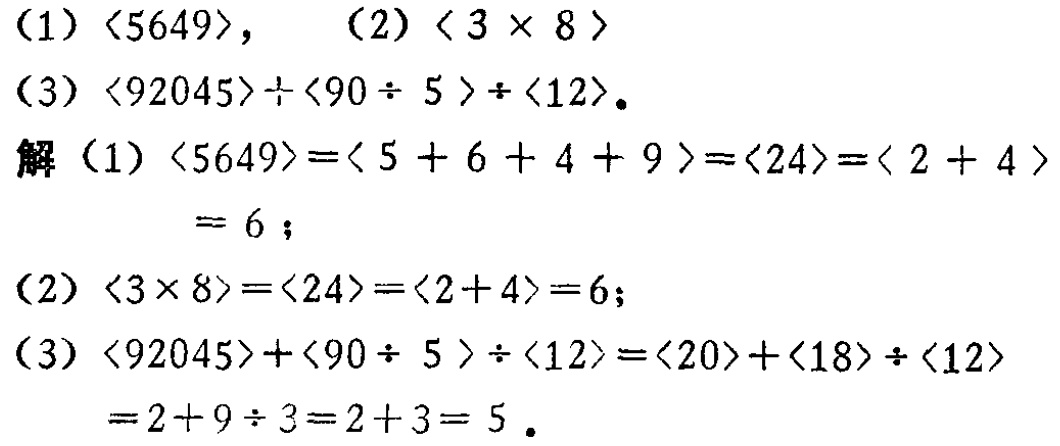
(1) $\langle 5649\rangle$, (2) $\langle 3\times 8\rangle$
(3) $\langle 92045\rangle\div\langle 90\div 5\rangle\div\langle 12\rangle$.
解 (1) $\langle 5649\rangle=\langle 5 + 6 + 4 + 9\rangle=\langle 24\rangle=\langle 2 + 4\rangle= 6$;
(2) $\langle 3\times 8\rangle=\langle 24\rangle=\langle 2 + 4\rangle=6$;
(3) $\langle 92045\rangle\div\langle 90\div 5\rangle\div\langle 12\rangle=\langle 20\rangle\div\langle 18\rangle\div\langle 12\rangle=2 + 9\div 3=2 + 3 = 5$.